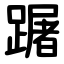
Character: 䠧